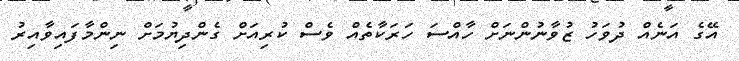
އޭގެ އަނެއް ދުވަހު ޒުވާނުންނަށް ހާއްސަ ހަރަކާތެއް ވެސް ކުރިއަށް ގެންދިޔުމަށް ނިންމާފައިވާއިރު